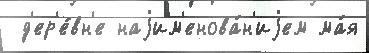
 д'ер'е́вн'е наjим'енова́н'иjем ма́я